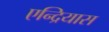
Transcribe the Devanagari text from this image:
एन्द्रियास